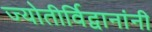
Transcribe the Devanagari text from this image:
ज्योतीर्विद्वानांनी